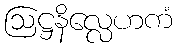
ဩဋ္ဌနိလ္လေဟကံ